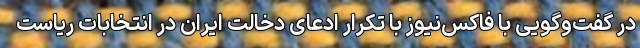
در گفت‌وگویی با فاکس‌نیوز با تکرار ادعای دخالت ایران در انتخابات ریاست